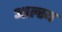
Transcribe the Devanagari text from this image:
आल्स्य